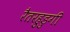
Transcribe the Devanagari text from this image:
रैतरहुडुगी